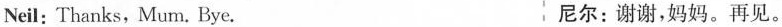
Neil: Thanks, Mum. Bye. 尼尔：谢谢，妈妈。再见。